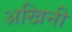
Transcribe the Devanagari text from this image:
अखिनी